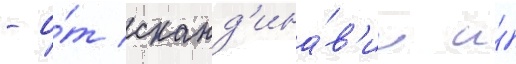
- о́т сканд'ина́в'ии и́